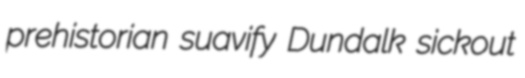
prehistorian suavify Dundalk sickout